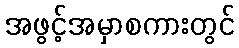
အဖွင့်အမှာစကားတွင်